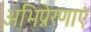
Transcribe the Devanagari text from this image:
अभिप्रेरणाएं